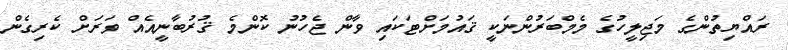
ރައްޔިތުންގެ މަޖިލީހުގެ މެމްބަރުންނަކީ ޤައުމަށްޓަކައި ވާން ޖެހުނު ކޮންމެ ޤުރުބާނީއެއް ވަރަށް ކެރިގެން